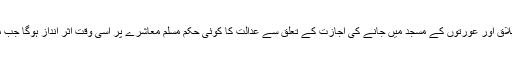
اور اگر مزید غور کریں تو شاید یہ نکتہ بھی واضح ہوجائے کہ طلاق اور عورتوں کے مسجد میں جانے کی اجازت کے تعلق سے عدالت کا کوئی حکم مسلم معاشرے پر اسی وقت اثر انداز ہوگا جب مسلمان مردو اور عورتیں اسے اثر انداز ہونے کی اجازت دیں گی۔